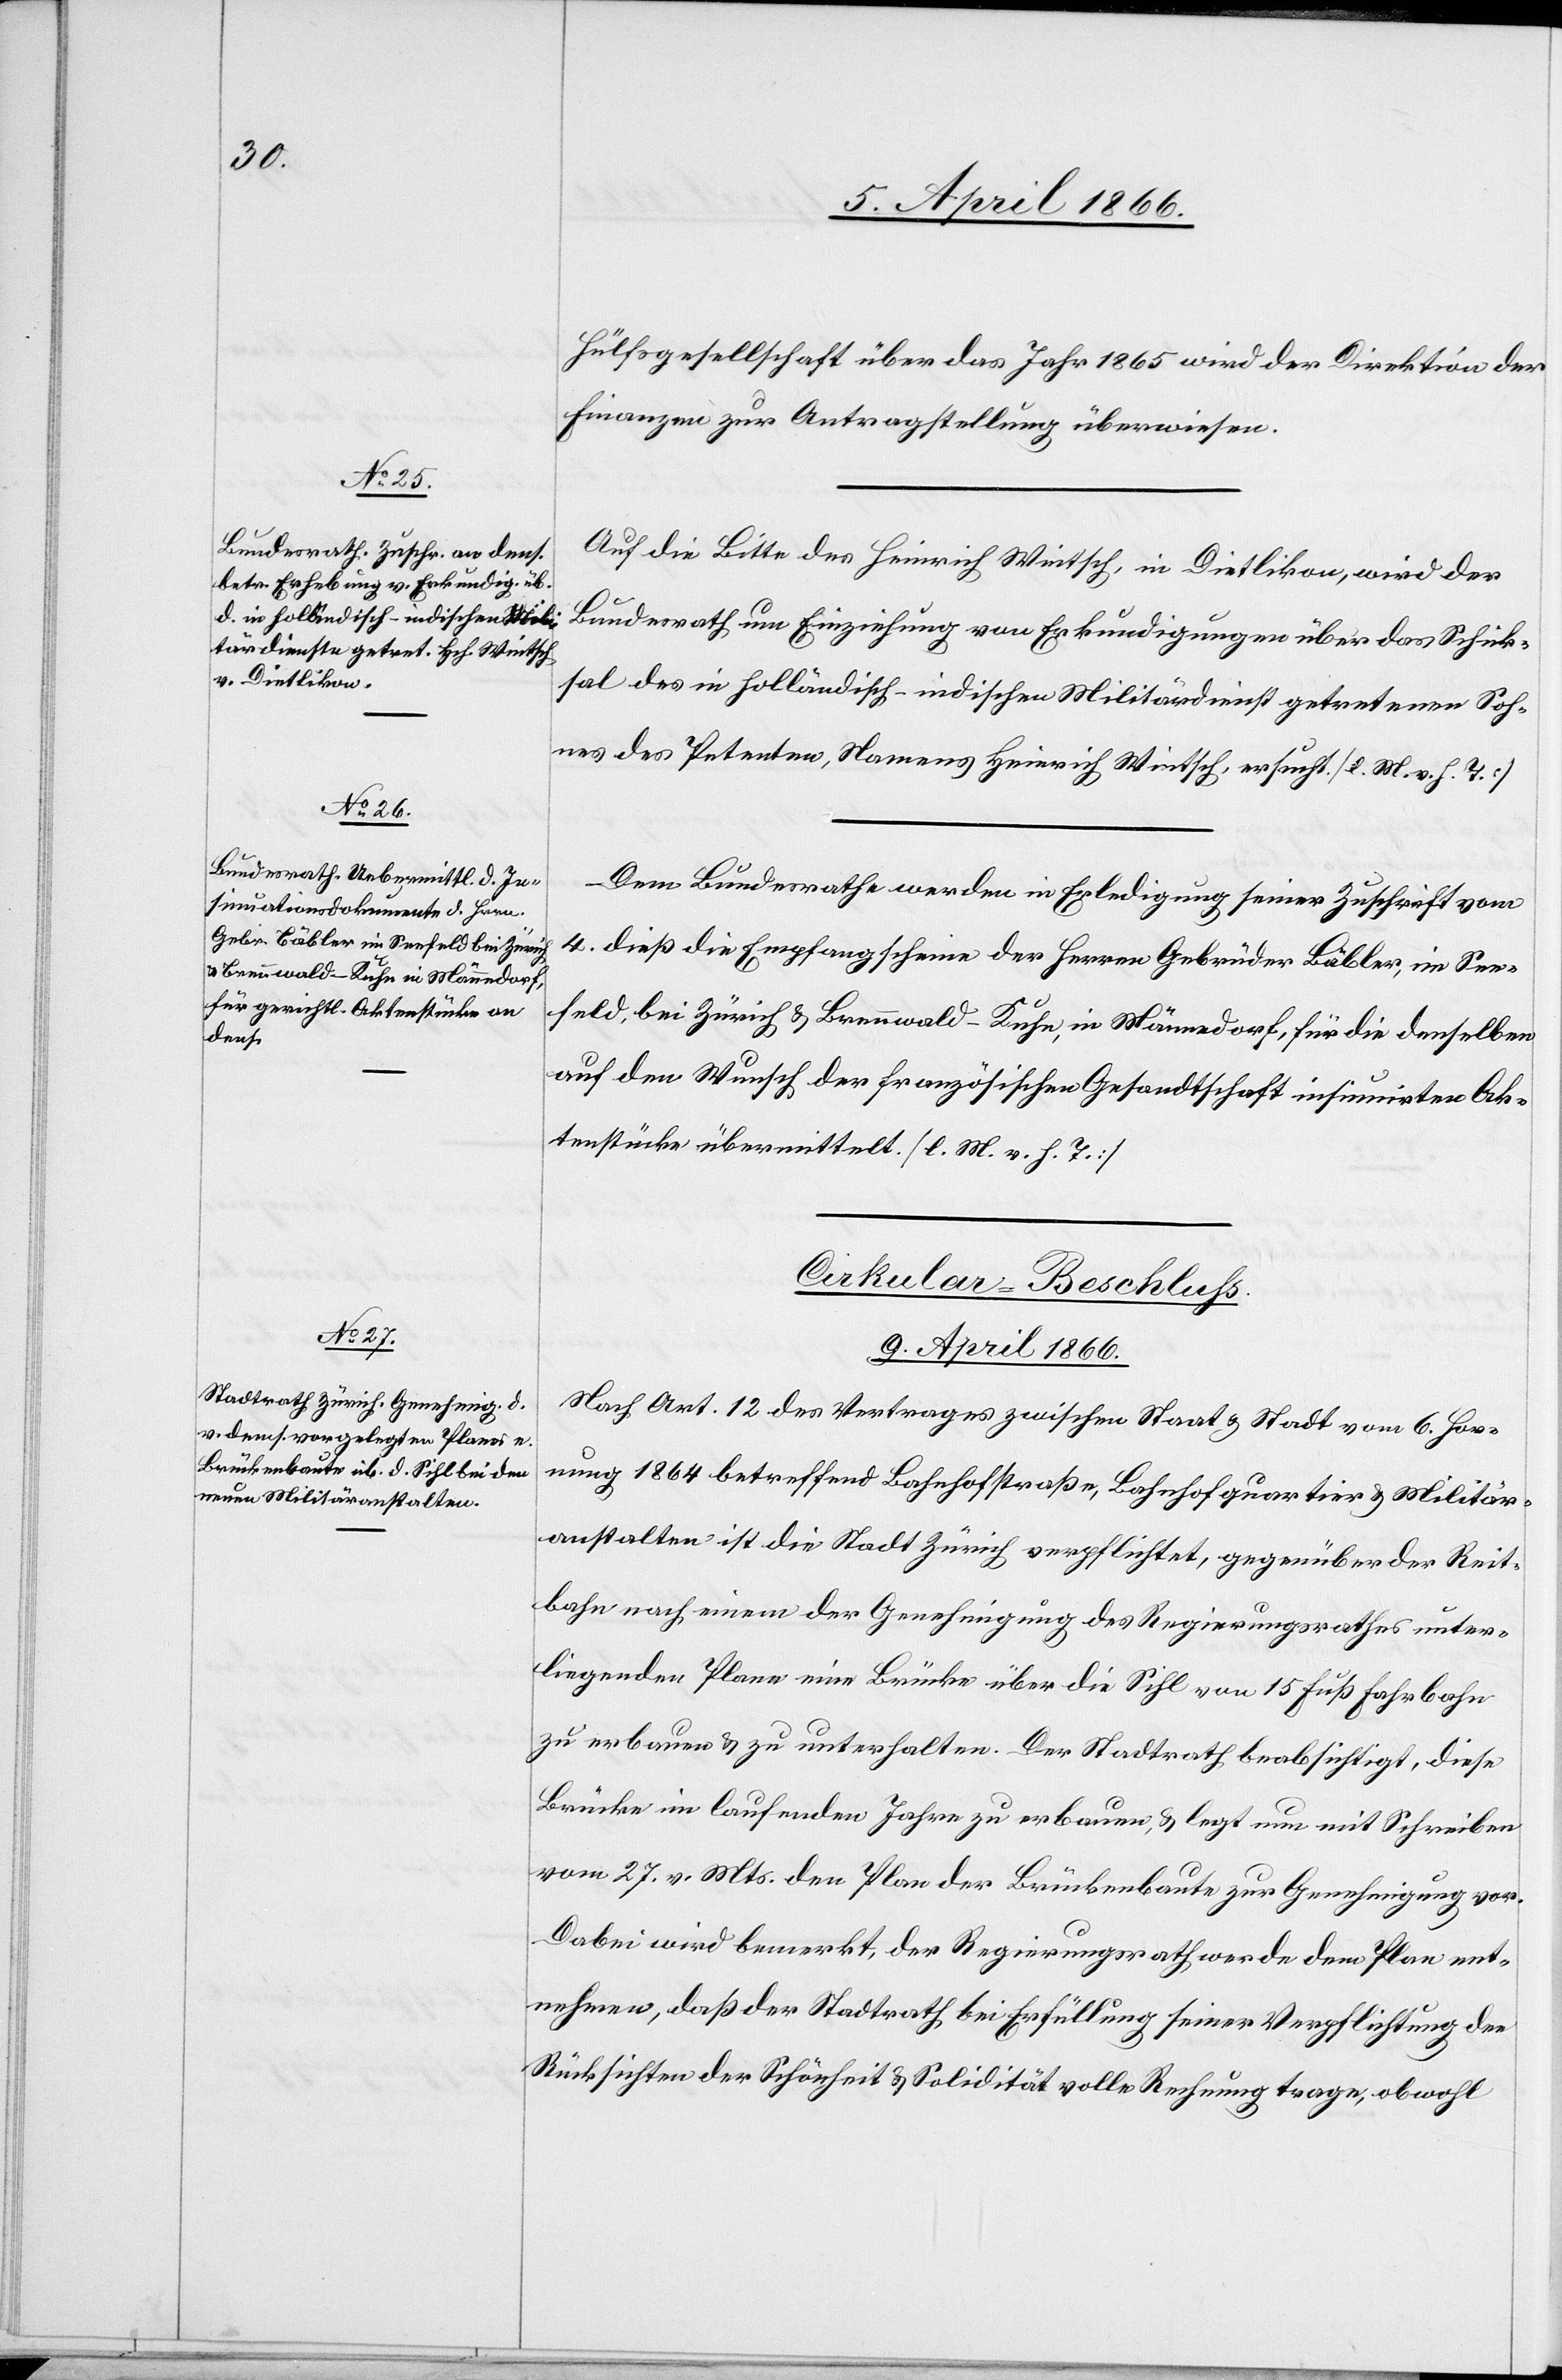
Hülfsgesellschaft über das Jahr 1865 wird der Direktion der
Finanzen zur Antragstellung überwiesen.
Auf die Bitte des Heinrich Wintsch, in Dietlikon, wird der
Bundesrath um Einziehung von Erkundigungen über das Schick¬
sal des in holländisch-indischen Militärdienst getretenen Soh¬
nes des Petenten, Namens Heinrich Wintsch, ersucht. [l. M. v. h. T.]
Dem Bundesrathe werden in Erledigung seiner Zuschrift vom
4. dieß die Empfangscheine der Herren Gebrüder Bäbler, im See¬
feld, bei Zürich u. Brennwald-Kuhe, in Männedorf, für die denselben
auf den Wunsch der französischen Gesandtschaft insinuirte Ak¬
tenstücke übermittelt. [l. M. v. h. T.]
Cirkular-Beschluß.
9. April 1866.
Nach Art. 12 des Vertrages zwischen Staat u. Stadt vom 6. Hor¬
nung 1864 betreffend Bahnhofstraße, Bahnhofquartier u. Militär¬
anstalten ist die Stadt Zürich verpflichtet, gegenüber der Reit¬
bahn nach einem der Genehmigung des Regierungsrathes unter¬
liegenden Plane eine Brücke über die Sihl von 15 Fuß Fahrbahn
zu erbauen u. zu unterhalten. Der Stadtrath beabsichtigt, diese
Brücke im laufenden Jahre zu erbauen, u. legt nun mit Schreiben
vom 27. v. Mts. den Plan der Brückenbaute zur Genehmigung vor.
Dabei wird bemerkt, der Regierungsrath werde dem Plan ent¬
nehmen, daß der Stadtrath bei Erfüllung seiner Verpflichtung den
Rücksichten der Schönheit u. Solidität volle Rechnung trage, obwohl